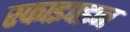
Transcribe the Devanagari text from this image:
स्काइपइन